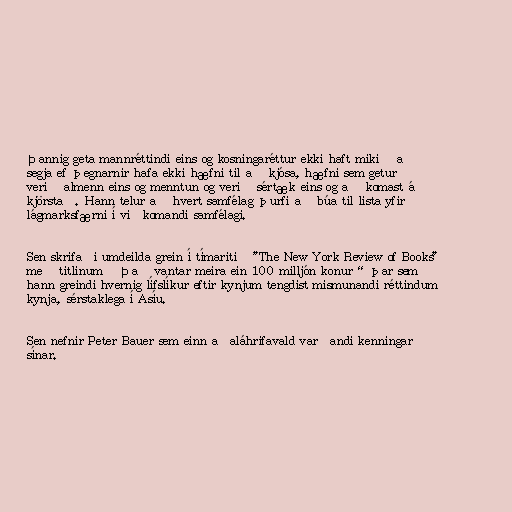
Þannig geta mannréttindi eins og kosningaréttur ekki haft mikið að
segja ef þegnarnir hafa ekki hæfni til að kjósa, hæfni sem getur
verið almenn eins og menntun og verið sértæk eins og að komast á
kjörstað. Hann telur að hvert samfélag þurfi að búa til lista yfir
lágmarksfærni í viðkomandi samfélagi.

Sen skrifaði umdeilda grein í tímaritið "The New York Review of Books"
með titlinum „Það vantar meira ein 100 milljón konur“ þar sem
hann greindi hvernig lífslíkur eftir kynjum tengdist mismunandi réttindum
kynja, sérstaklega í Asíu.

Sen nefnir Peter Bauer sem einn aðaláhrifavald varðandi kenningar
sínar.